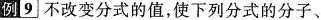
例9不改变分式的值，使下列分式的分子、